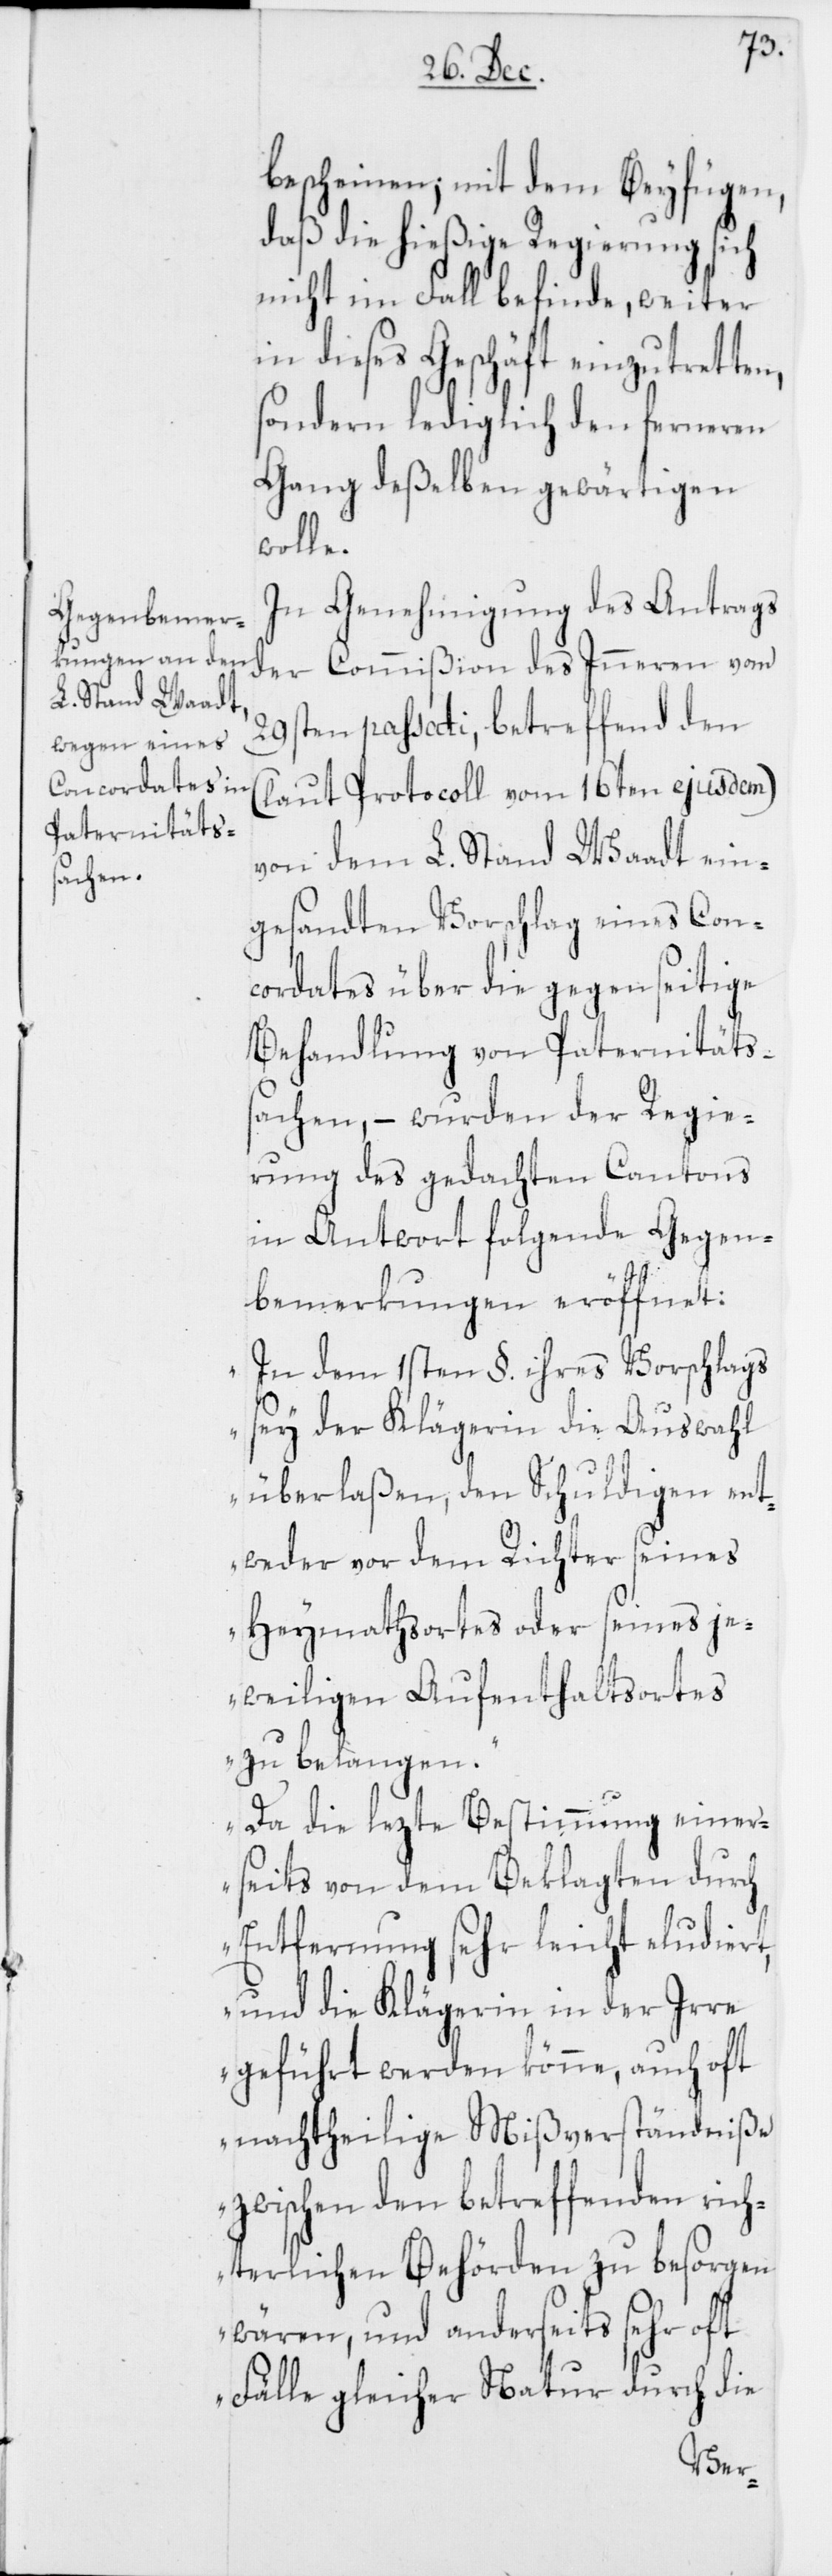
bescheinen; mit dem Beyfügen,
daß die hießige Regierung sich
nicht im Fall befinde, weiter
in dieses Geschäft einzutretten,
sondern lediglich den ferneren
Gang deßelben gewärtigen
wolle.
In Genehmigung des Antrags
der Commißion des Inneren vom
29sten passati, betreffend den
(laut Protocoll vom 16ten ejusdem)
von dem L. Stand Waadt ein¬
gesandten Vorschlag eines Con¬
cordates über die gegenseitige
Behandlung von Paternitäts¬
sachen, – wurden der Regie¬
rung des gedachten Cantons
in Antwort folgende Gegen¬
bemerkungen eröffnet:
„In dem 1sten §. ihres Vorschlags
sey der Klägerin die Auswahl
überlaßen, den Schuldigen ent¬
weder vor dem Richter seines
Heymathsortes oder seines je¬
weiligen Aufenthaltsortes
zu belangen.
Da die lezte Bestimmung einer¬
seits von dem Beklagten durch
Entfernung sehr leicht eludiert,
und die Klägerin in der Irre
geführt werden könne, auch oft
nachtheilige Mißverständniße
zwischen den betreffenden rich¬
terlichen Behörden zu besorgen
wären, und anderseits sehr oft
Fälle gleicher Natur durch die